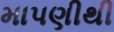
માપણીથી